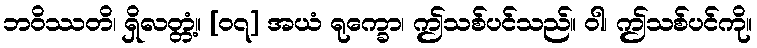
ဘဝိဿတိ၊ ရှိလတ္တံ့။ [၀၇] အယံ ရုက္ခော၊ ဤသစ်ပင်သည်။ ဝါ၊ ဤသစ်ပင်ကို။